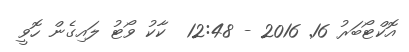
އޮކްޓޯބަރު 16